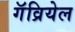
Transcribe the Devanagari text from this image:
गॅव्रियेल